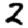
Digit: 2